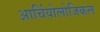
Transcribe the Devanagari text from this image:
आर्चियोलोजिकल